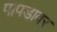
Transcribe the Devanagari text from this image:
पापडावर